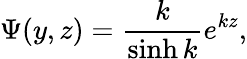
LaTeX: \Psi(y,z)={\frac{k}{\sinh k}}e^{kz},